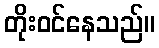
တိုးဝင်နေသည်။